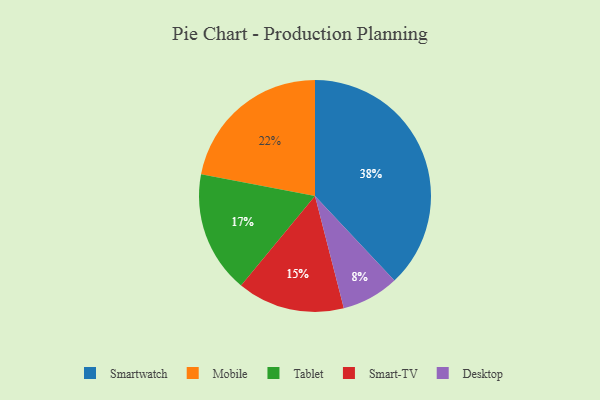
{"axis": {"x": "Category", "y": "Percentage"}, "legend": ["Desktop", "Mobile", "Smart-TV", "Smartwatch", "Tablet"], "data": [{"x": "Smart-TV", "y": 15, "type": "Smart-TV"}, {"x": "Desktop", "y": 8, "type": "Desktop"}, {"x": "Tablet", "y": 17, "type": "Tablet"}, {"x": "Smartwatch", "y": 38, "type": "Smartwatch"}, {"x": "Mobile", "y": 22, "type": "Mobile"}]}